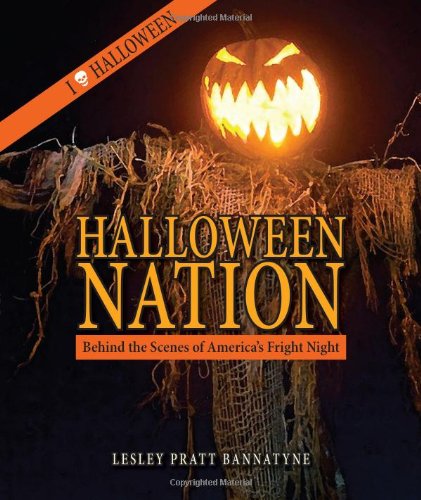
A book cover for Halloween Nation: Behind the Scenes of America's Fright Night; Lesley Bannatyne; Politics & Social Sciences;